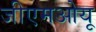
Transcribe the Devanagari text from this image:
जीएमओयू